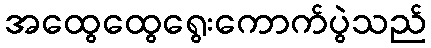
အထွေထွေရွေးကောက်ပွဲသည်